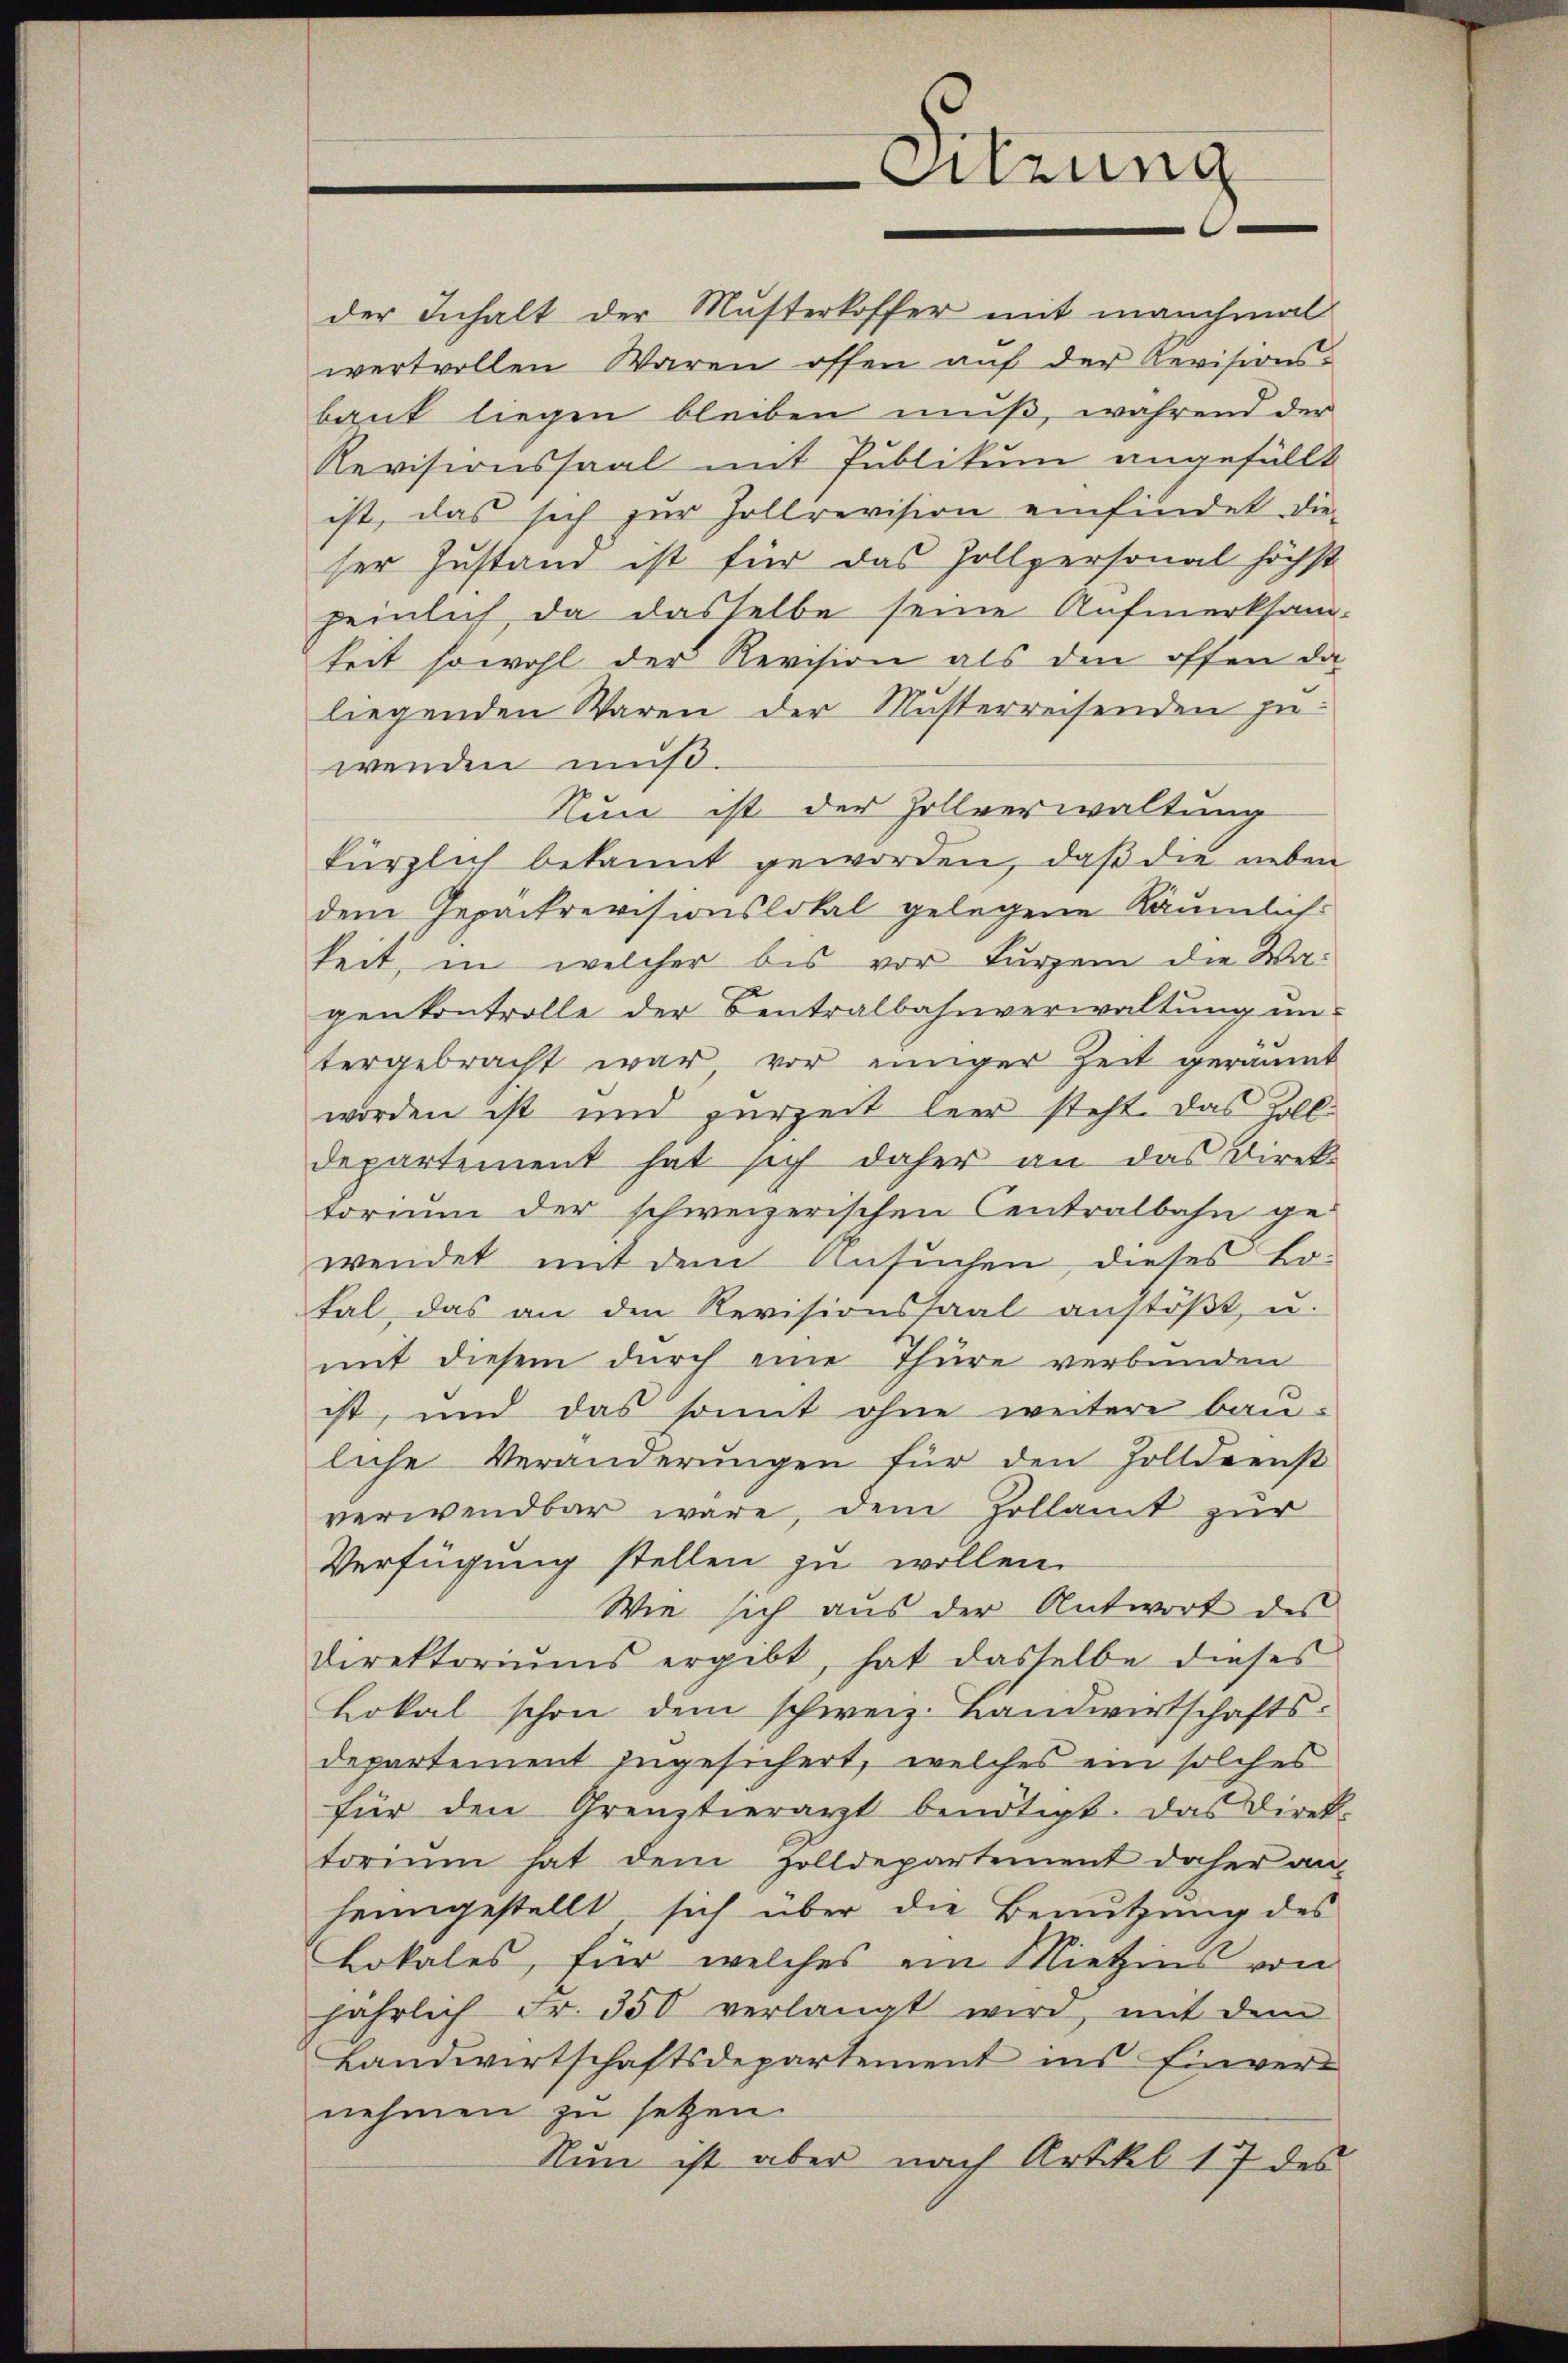
Sitzung

der Inhalt der Musterkoffer mit manchmal
wertvollen Waren offen aŭf der Revisions-
bank liegen bleiben muß, während der
Revisionssaal mit Publikum angefüllt
ist, das sich zur Hollrevision einfindet. Die-
ser Zustand ist für das Zollpersonal höchst
peinlich da dasselbe seine Aufmerksamkeit sowohl der Revision als den offen da
liegenden Waren der Musterreisenden zu
wenden muß.
Nun ist der Zollverwaltung
kürzlich bekannt geworden, daß die neben
dem Gepackrevisionslokal gelegene Räumlich
keit, in welcher bis vor kurzem die Wagenkontrolle der Centralbahnverwaltung un-
tergebracht war vor einiger Zeit geräumt
worden ist und zurzeit leer steht. Das Zolldepartement hat sich daher an das Direktorium der schweizerischen Centralbahn ge-
wendet mit dem Ansuchen, dieses Lo-
tal, das an den Revisionssaal anstöβt u.
mit diesem durch eine Thüre verbunden
ist, und das somit ohne weitere bauliche Veränderungen für den Zolldienst
verwendbar wäre, dem Zollamt zŭr
Verfügung stellen zu wollen.
Wie sich aus der Antwort des
Direktoriums ergibt, hat dasselbe dieses
Lokal schon dem schweiz. Landwirtschafts-
departement zugesichert, welches ein solches
für den Grenztierarzt benötigt. Das Direk-
torium hat dem Zolldepartement daher an-
heimgestellt sich über die Benutzung des
Lokales, für welches ein Miethzins von
jährlich Fr. 350 verlangt wird, mit dem
Landwirtschaftsdepartement ins Einvernehmen zu setzen.
Nun ist aber nach Artikel 17 des